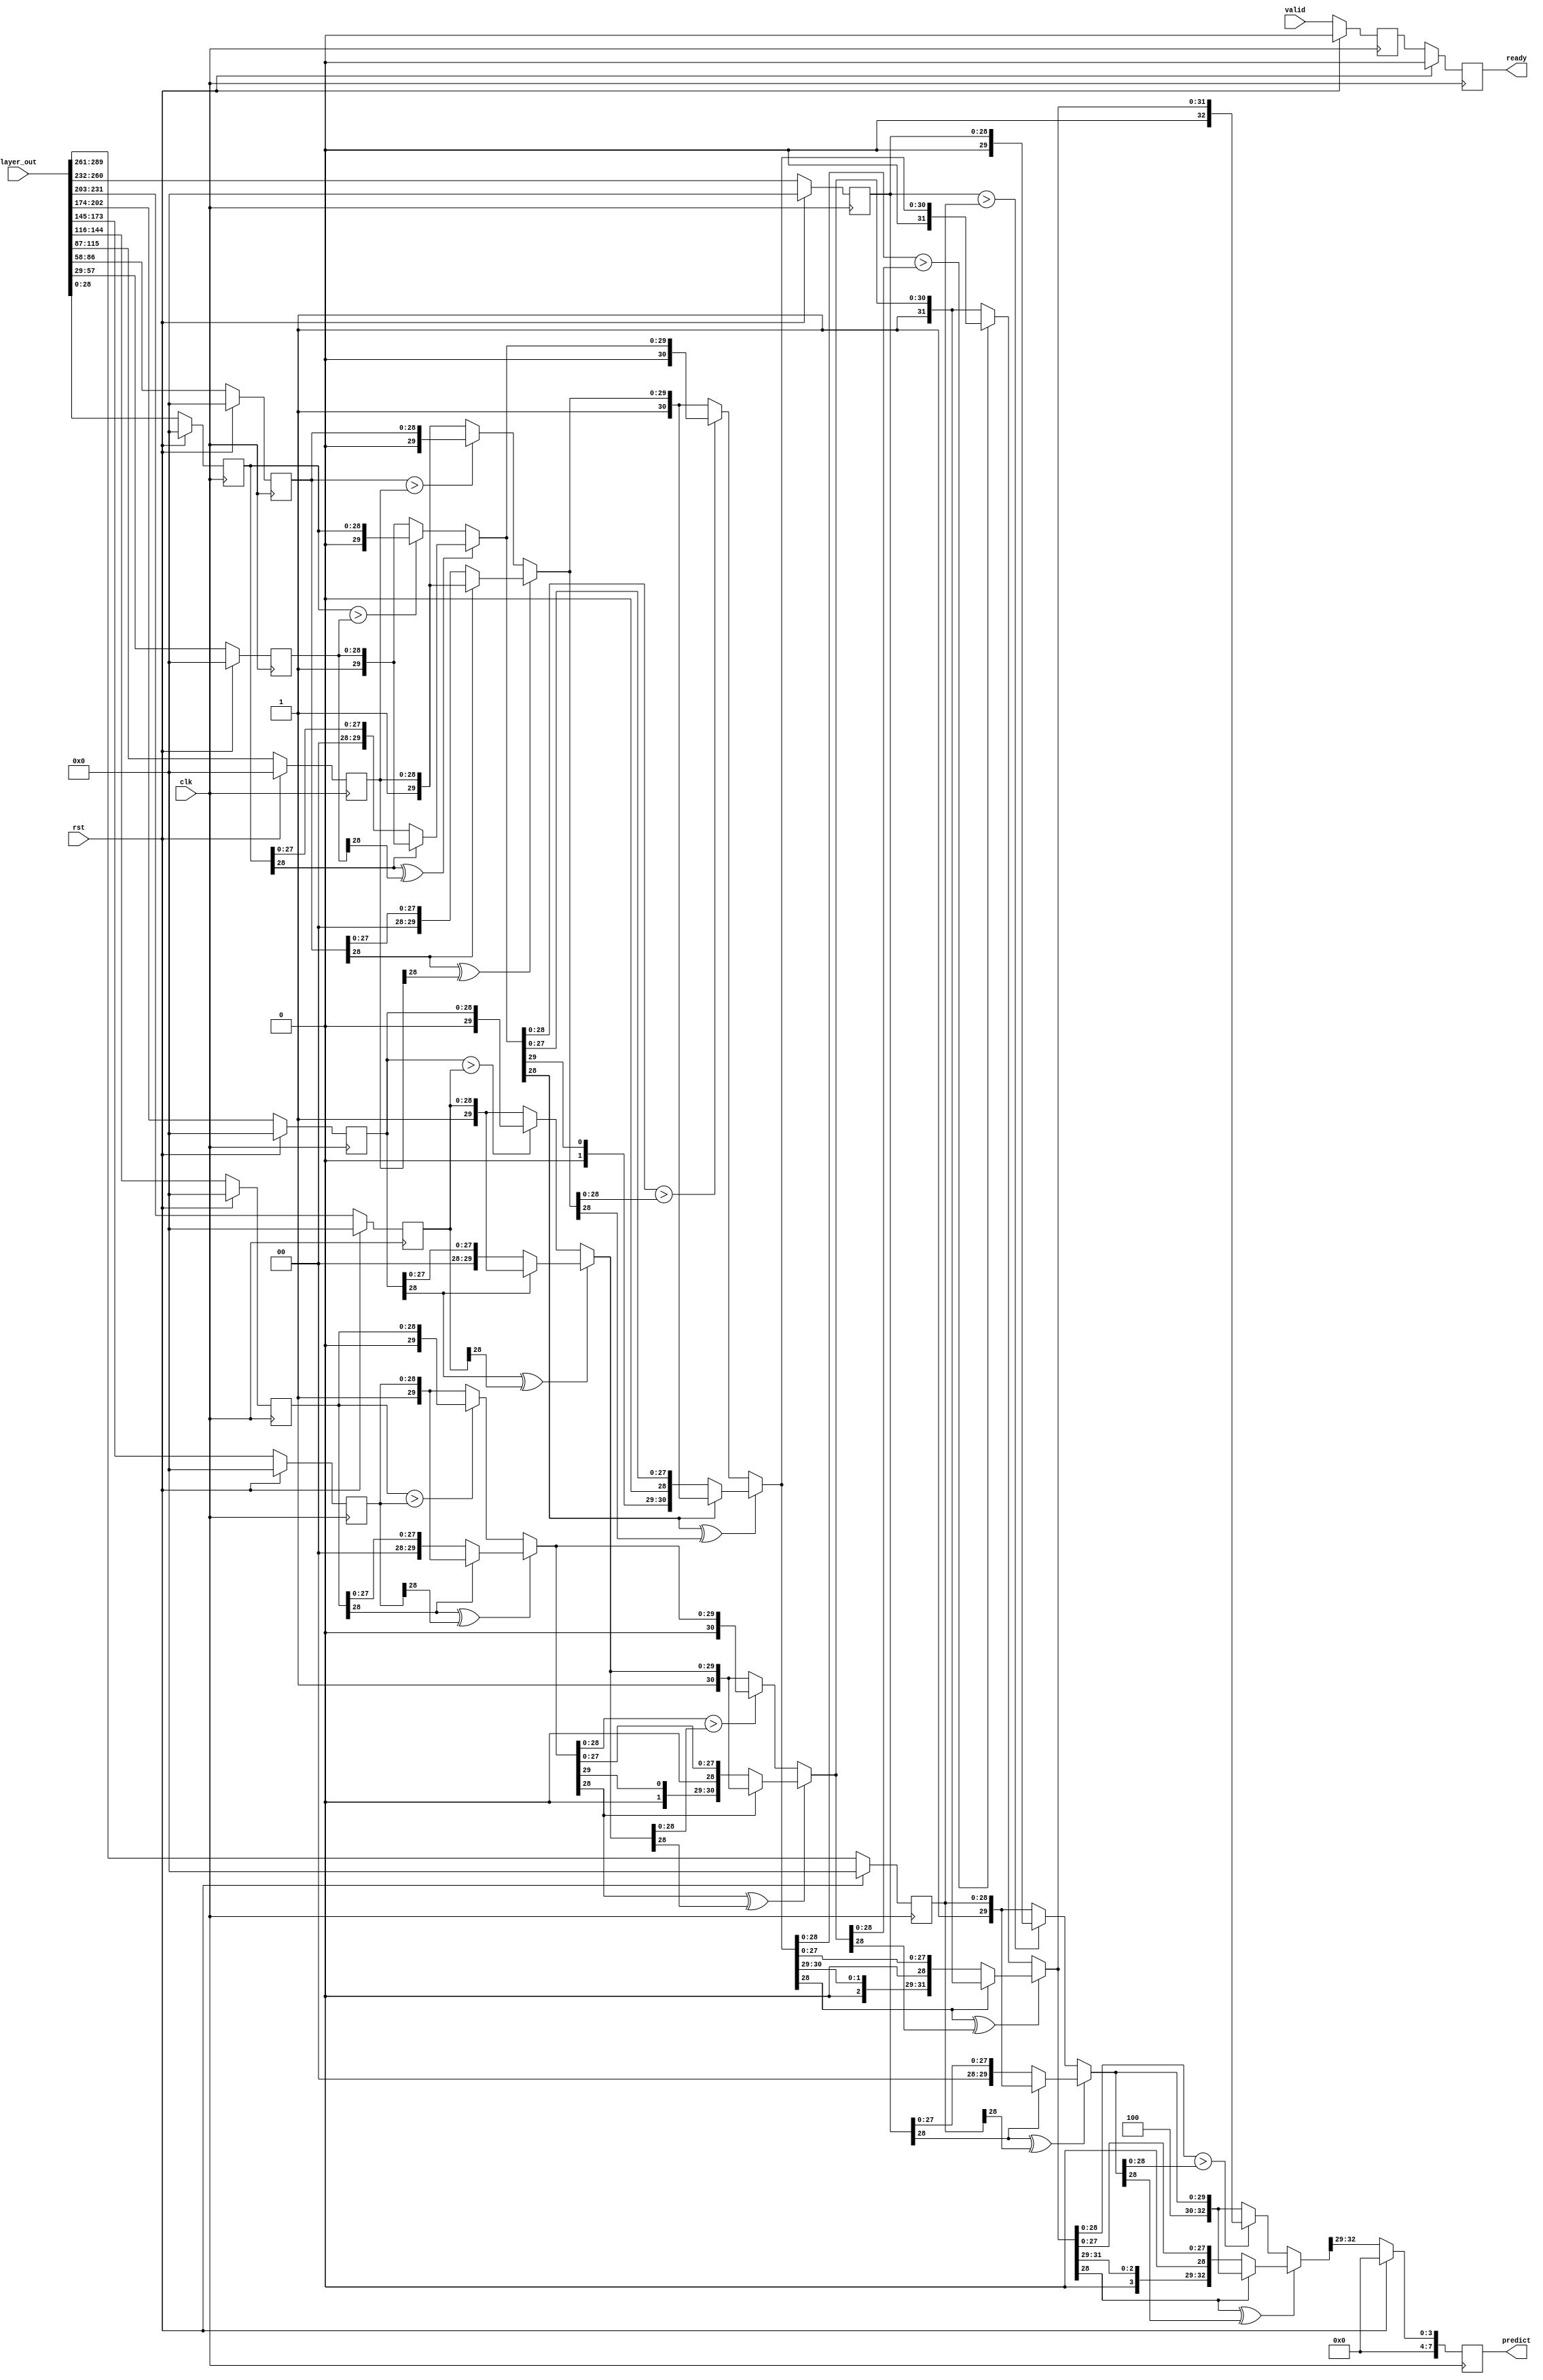
module comparator
(
input [29*10-1:0] layer_out,
input rst,
input clk,
input valid,
output  reg ready,
output reg [7:0] predict
);
parameter DATA_WIDTH=29;
reg [DATA_WIDTH-1: 0] result [0:9];
wire [4+DATA_WIDTH-1:0] com_re01,com_re23,com_re45,com_re67,com_re89;
reg ready_temp;
always@(posedge clk)
    begin
        if(rst)
            begin
                ready<=1'b0;
                ready_temp<=1'b0;
            end
        else
            begin
                ready_temp<=valid;
                ready<=ready_temp;
            end
    end
 
assign com_re01=(result[0][DATA_WIDTH-1]^result[1][DATA_WIDTH-1]) ? 
                                                        ((result[0][DATA_WIDTH-1]==1'b0)   ?   {4'd0,result[0]}:{4'd1,result[1]}):
                                                        ((result[0]>result[1]) ? {4'd0,result[0]}:{4'd1,result[1]});
assign com_re23=(result[2][DATA_WIDTH-1]^result[3][DATA_WIDTH-1]) ? 
                                                        ((result[2][DATA_WIDTH-1]==1'b0)   ?   {4'd2,result[2]}:{4'd3,result[3]}):
                                                        ((result[2]>result[3]) ? {4'd2,result[2]}:{4'd3,result[3]});
assign com_re45=(result[4][DATA_WIDTH-1]^result[5][DATA_WIDTH-1]) ? 
                                                        ((result[4][DATA_WIDTH-1]==1'b0)   ?   {4'd4,result[4]}:{4'd5,result[5]}):
                                                        ((result[4]>result[5]) ? {4'd4,result[4]}:{4'd5,result[5]});

assign com_re67=(result[6][DATA_WIDTH-1]^result[7][DATA_WIDTH-1]) ? 
                                                        ((result[6][DATA_WIDTH-1]==1'b0)   ?   {4'd6,result[6]}:{4'd7,result[7]}):
                                                        ((result[6]>result[7]) ? {4'd6,result[6]}:{4'd7,result[7]});
assign com_re89=(result[8][DATA_WIDTH-1]^result[9][DATA_WIDTH-1]) ? 
                                                        ((result[8][DATA_WIDTH-1]==1'b0)   ?   {4'd8,result[8]}:{4'd9,result[9]}):
                                                        ((result[8]>result[9]) ? {4'd8,result[8]}:{4'd9,result[9]});
wire [4+DATA_WIDTH-1:0] com_re01_23,com_re45_67,com_re0123_4567,com_re01234567_89;
assign com_re01_23=(com_re01[DATA_WIDTH-1]^com_re23[DATA_WIDTH-1])   ?
                                                        ((com_re01[DATA_WIDTH-1]==1'b0)  ?   com_re01:com_re23):
                                                        ((com_re01[DATA_WIDTH-1:0]>com_re23[DATA_WIDTH-1:0]) ?   com_re01:com_re23);
assign com_re45_67=(com_re45[DATA_WIDTH-1]^com_re67[DATA_WIDTH-1])   ?
                                                        ((com_re45[DATA_WIDTH-1]==1'b0)  ?   com_re45:com_re67):
                                                        ((com_re45[DATA_WIDTH-1:0]>com_re67[DATA_WIDTH-1:0]) ?   com_re45:com_re67);
assign com_re0123_4567=(com_re01_23[DATA_WIDTH-1]^com_re45_67[DATA_WIDTH-1])   ?
                                                        ((com_re01_23[DATA_WIDTH-1]==1'b0)  ?   com_re01_23:com_re45_67):
                                                        ((com_re01_23[DATA_WIDTH-1:0]>com_re45_67[DATA_WIDTH-1:0]) ?   com_re01_23:com_re45_67);
assign com_re01234567_89=(com_re0123_4567[DATA_WIDTH-1]^com_re89[DATA_WIDTH-1])   ?
                                                        ((com_re0123_4567[DATA_WIDTH-1]==1'b0)  ?   com_re0123_4567:com_re89):
                                                        ((com_re0123_4567[DATA_WIDTH-1:0]>com_re89[DATA_WIDTH-1:0]) ?   com_re0123_4567:com_re89);
integer i;
always@(posedge clk )
begin
    if(rst)
            begin
                for(i=0;i<10;i=i+1)
                    begin
                        result[i]<={29'b0};
                    end
                predict<=0;
            end
    else
    begin 
        predict <={4'b0,com_re01234567_89[4+DATA_WIDTH-1:4+DATA_WIDTH-1-3]};
       result[0]<=layer_out[28:0];
       result[1]<=layer_out[57:29];
       result[2]<=layer_out[86:58];
       result[3]<=layer_out[115:87];
       result[4]<=layer_out[144:116];
       result[5]<=layer_out[173:145];
       result[6]<=layer_out[202:174];
       result[7]<=layer_out[231:203];
       result[8]<=layer_out[260:232];
       result[9]<=layer_out[289:261];
    end
end
endmodule